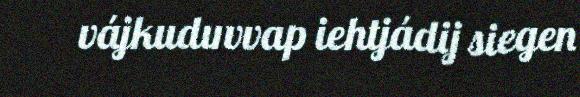
vájkuduvvap iehtjádij siegen